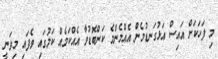
މި ފަހަކަށް އައިސް އަޅުގަނޑުމެން އެއްމެންމެ ކަންބޮޑުވާ އެއްކަމެއް ކަމުގައި ވެފައި މިވަނީ